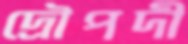
দ্রৌপদী